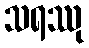
သရဿု